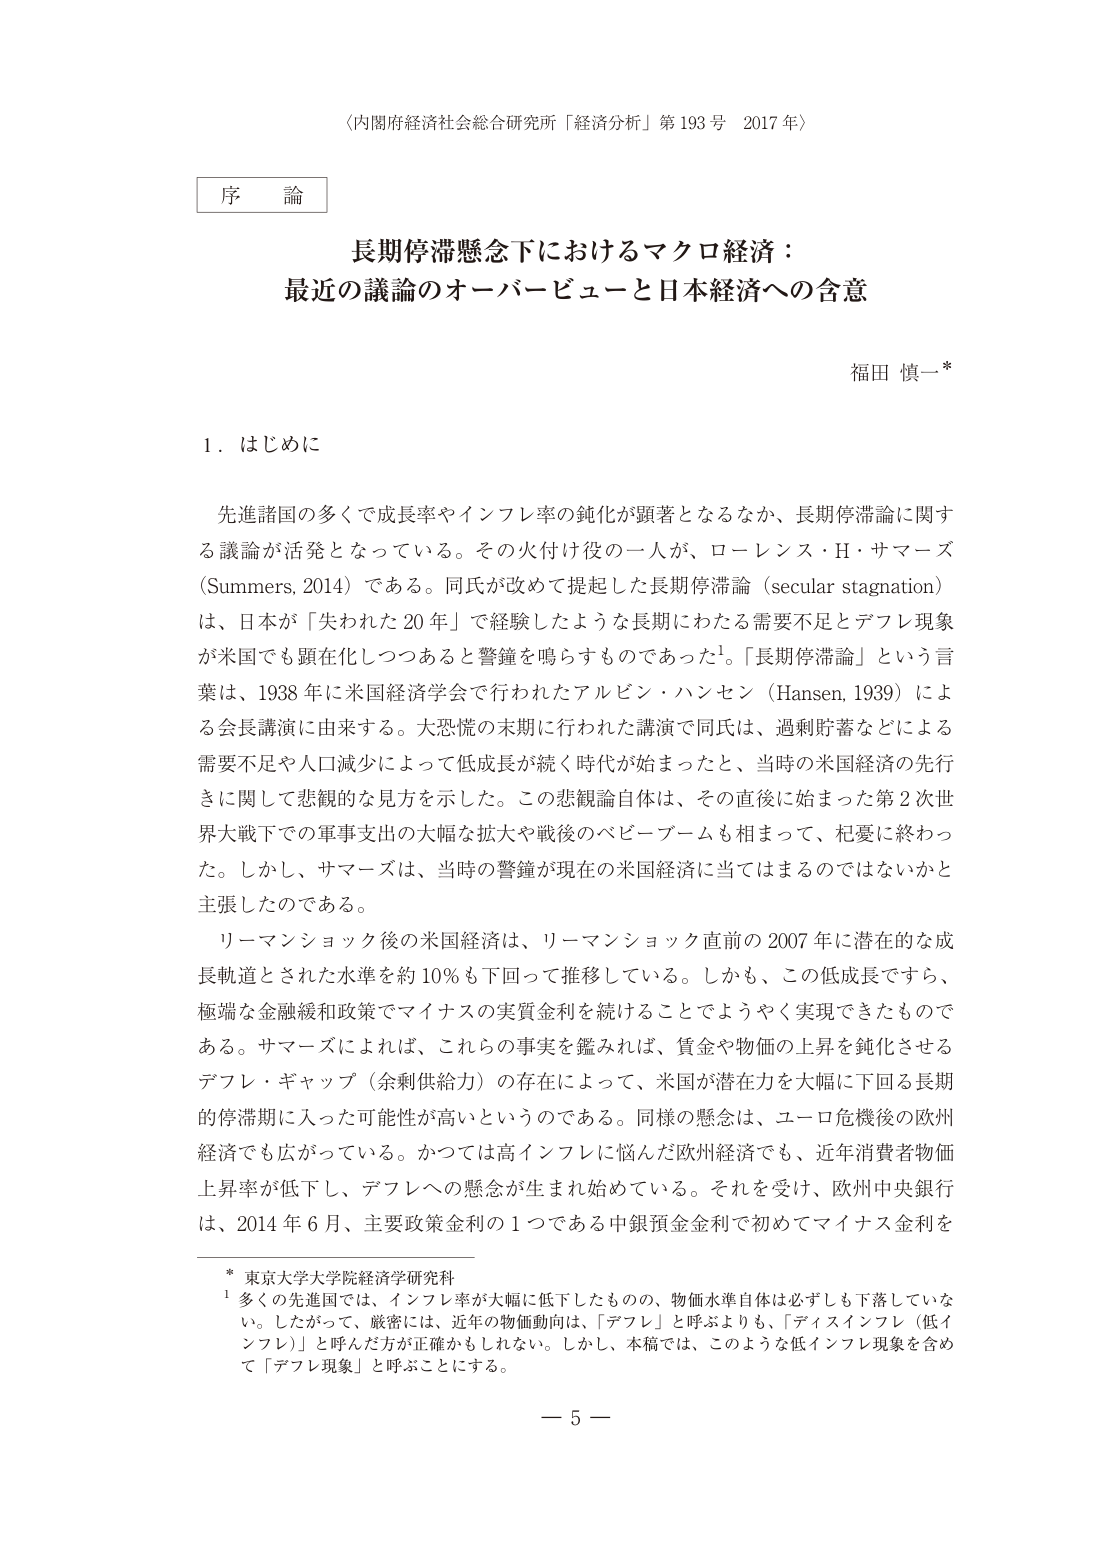
〈内閣府経済社会総合研究所「経済分析」第193号 2017年〉

序 論

長期停滞懸念下におけるマクロ経済：
最近の議論のオーバービューと日本経済への含意

福田 慎一*

1．はじめに

先進諸国の多くで成長率やインフレ率の鈍化が顕著となるなか、長期停滞論に関する議論が活発となっている。その火付け役の一人が、ローレンス・H・サマーズ（Summers, 2014）である。同氏が改めて提起した長期停滞論（secular stagnation）は、日本が「失われた20年」で経験したような長期にわたる需要不足とデフレ現象が米国でも顕在化しつつあると警鐘を鳴らすものであった¹。「長期停滞論」という言葉は、1938年に米国経済学会で行われたアルビン・ハンセン（Hansen, 1939）による会長講演に由来する。大恐慌の末期に行われた講演で同氏は、過剰貯蓄などによる需要不足や人口減少によって低成長が続く時代が始まったと、当時の米国経済の先行きに関して悲観的な見方を示した。この悲観論自体は、その直後に始まった第2次世界大戦下での軍事支出の大幅な拡大や戦後のベビーブームも相まって、杞憂に終わつた。しかし、サマーズは、当時の警鐘が現在の米国経済に当てはまるのではないかと主張したのである。

リーマンショック後の米国経済は、リーマンショック直前の2007年に潜在的な成長軌道とされた水準を約10％も下回って推移している。しかも、この低成長ですら、極端な金融緩和政策でマイナスの実質金利を続けることによってようやく実現できたものである。サマーズによれば、これらの事実を鑑みれば、賃金や物価の上昇を鈍化させるデフレ・ギャップ（余剰供給力）の存在によって、米国が潜在力を大幅に下回る長期的停滞期に入った可能性が高いというのである。同様の懸念は、ユーロ危機後の欧州経済でも広がっている。かつては高インフレに悩んだ欧州経済でも、近年消費者物価上昇率が低下し、デフレへの懸念が生まれ始めている。それを受けて、欧州中央銀行は、2014年6月、主要政策金利の1つである中銀預金金利で初めてマイナス金利を

* 東京大学大学院経済学研究科
¹ 多くの先進国では、インフレ率が大幅に低下したものの、物価水準自体は必ずしも下落していない。したがって、厳密には、近年の物価動向は、「デフレ」と呼ぶよりも、「ディスインフレ（低インフレ）」と呼んだ方が正確かもしれない。しかし、本稿では、このような低インフレ現象を含めて「デフレ現象」と呼ぶことにする。

－ 5 －